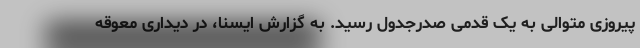
پیروزی متوالی به یک قدمی صدرجدول رسید. به گزارش ایسنا، در دیداری معوقه